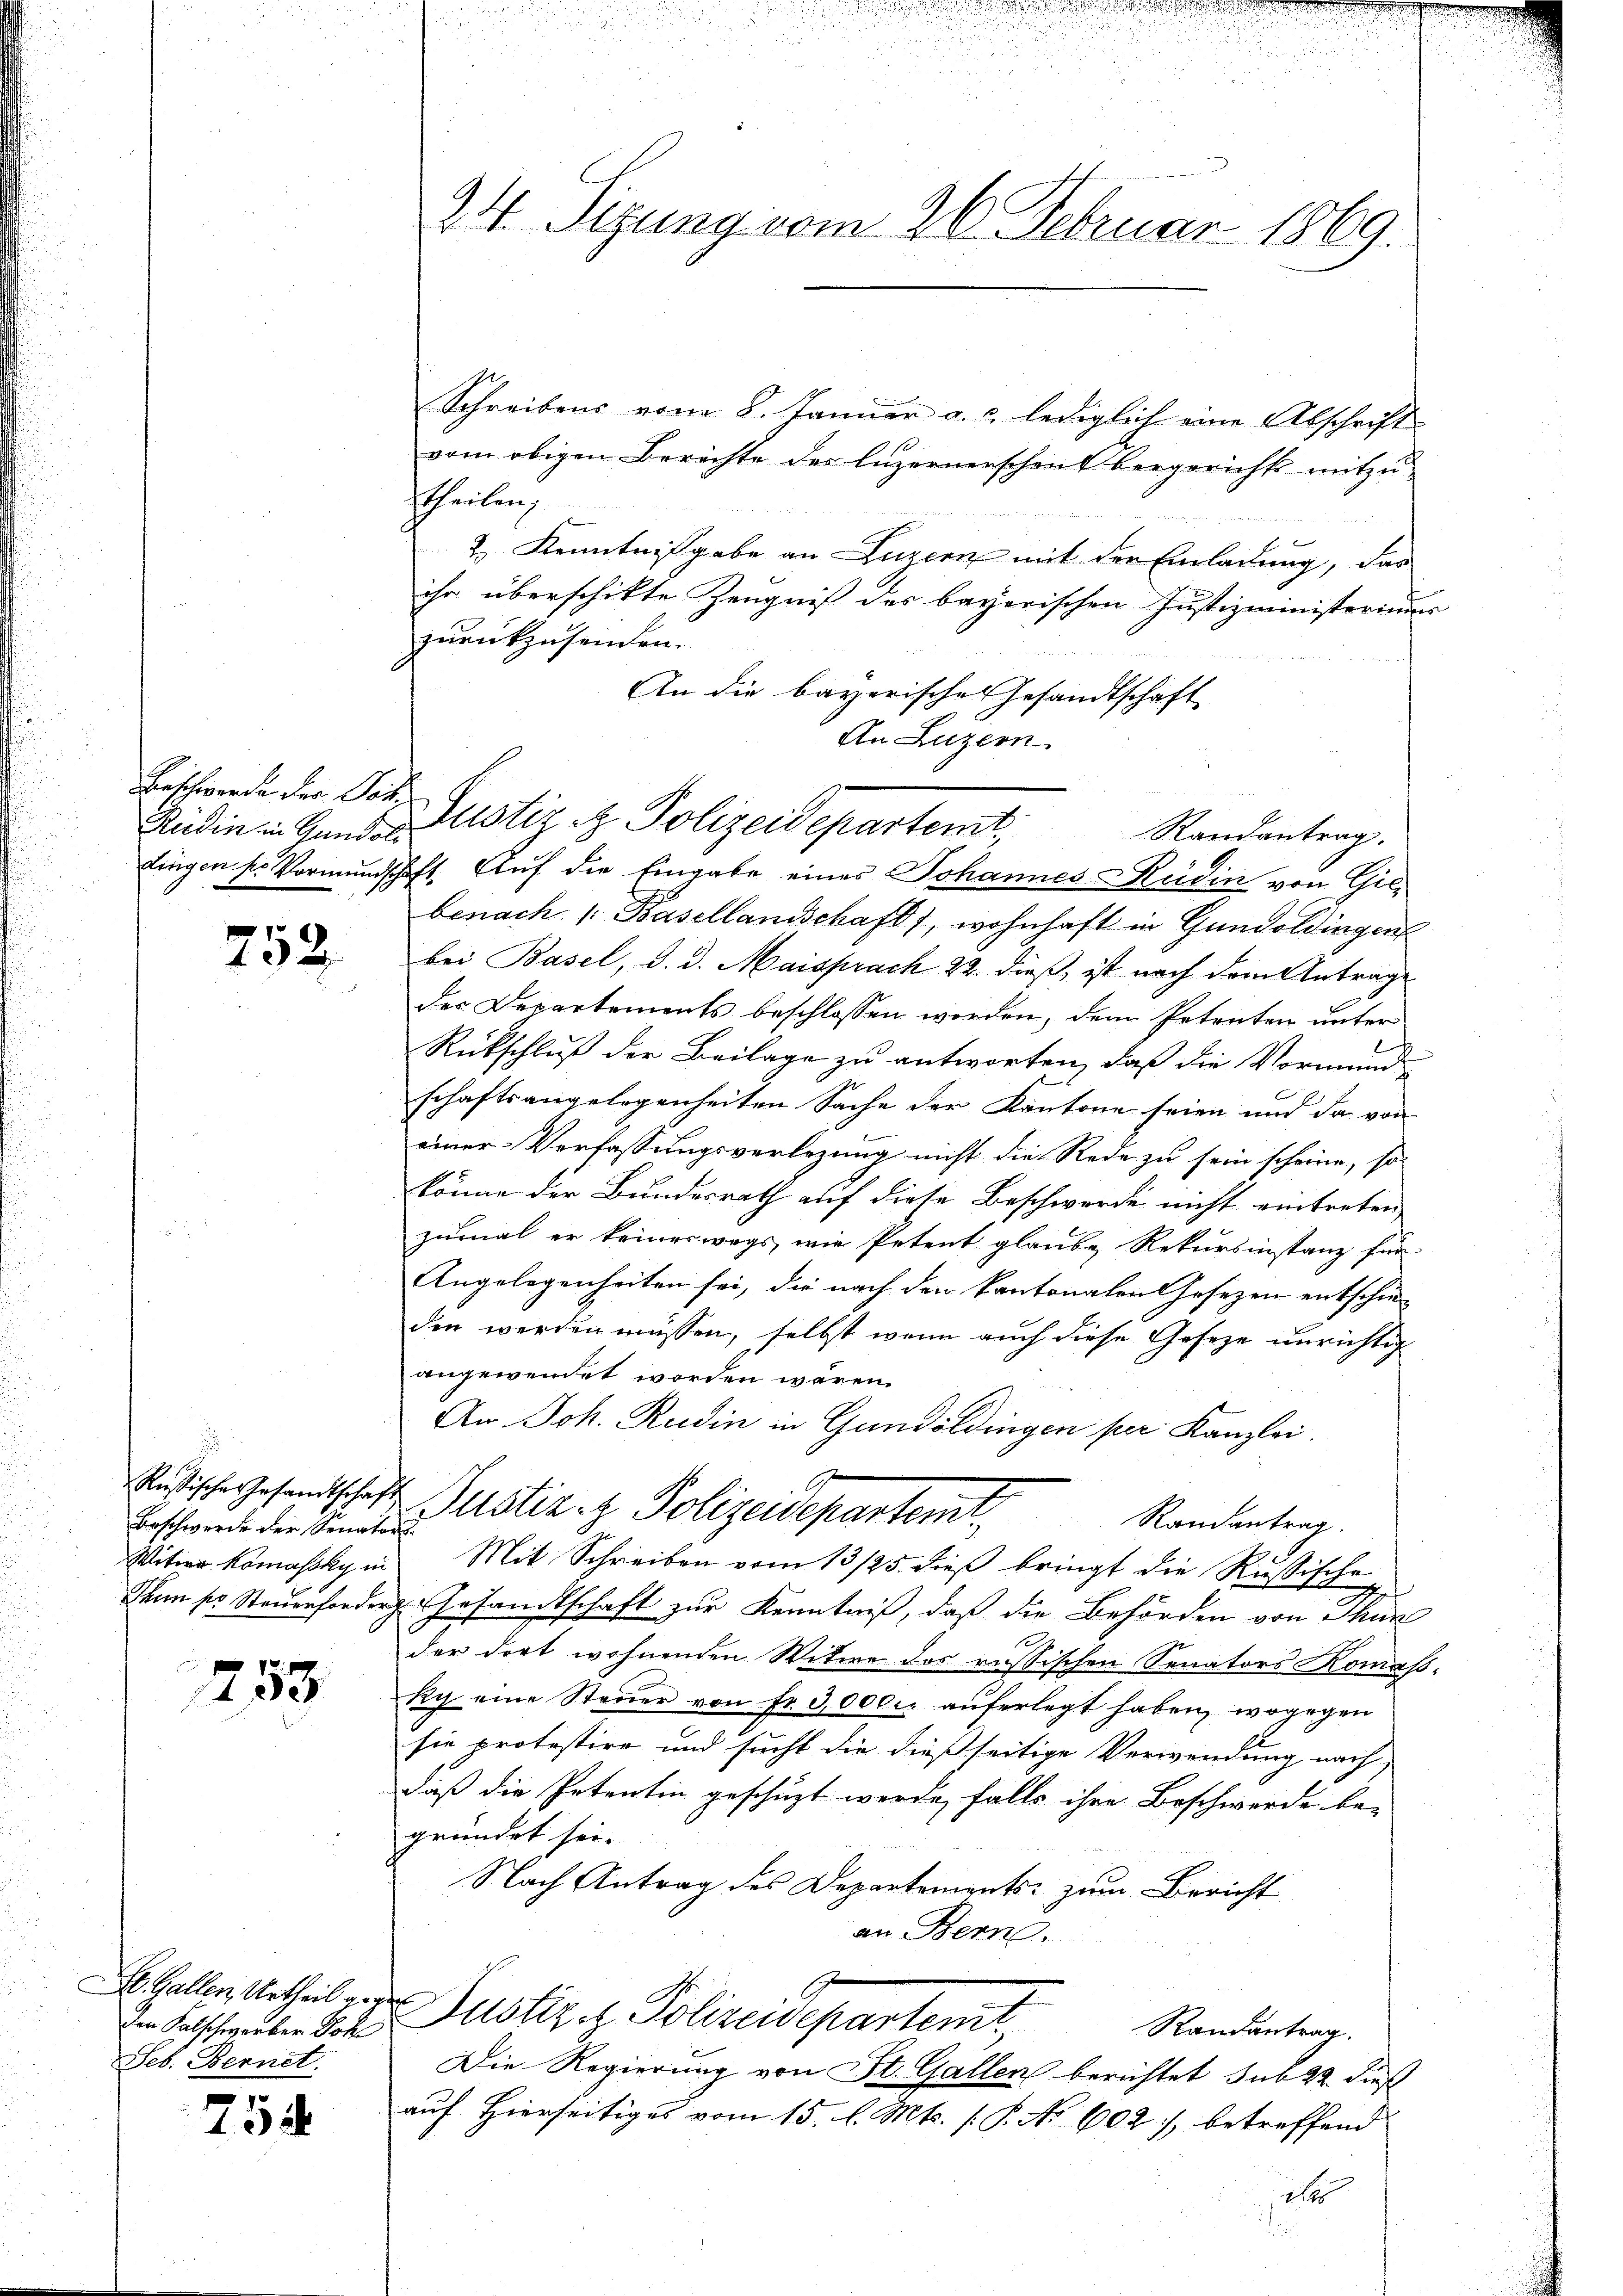
Erschwerde der Pot

252.

Beschwerde der Senators

253

den Kalschwerber Pol
Seb. Bernet.

758

24. Sizung vom 26. Februar 1869.

Schreibens vom 8. Januar a. c. lediglich eine Abschrift
vom obigen Berichte des Luzernerschen Vergreicht mitzu-
htheilen,
2) Kenntnißgabe an Luzern mit der Einladung, das
ihr überschikte Zeugniß des bayerischen Justizministeriums
zurückzusenden.
An die bayerisches Gesandtschaft
An Luzern
Rüdin in Gande Zustiz & Polizeidepartent,
lingen ser Vormundschaft. Auf die Eingabe eines Johannes Rüdin von Gilbenach 1. Basellandschaft, wohnhaft in Gundoldingen
bei Basel, d. d. Maisprach 22. dieß, ist nach dem Antrage
des Departements beschlossen worden, dem Petenten unter
Rückschluß der Beilage zu antworten, daß die Vormunde
schaftsangelegenheiten Sache der Kantone seien und da von
einer Verfassungsverlegung nicht die Rede zu sein scheine, so
könne der Bundesrath auf diese Beschwerde nicht eintreten
zumal er keineswegs, wie Petent glaube Rekursinstanz für
Angelegenheiten sei, die nach den kantonalen Gesezen entschie-
den werden müssen, selbst wenn auch diese Geseze unrichtig
angewendet worden wären.
An Joh. Rudin in Gundoldingen per Kanzlei.
usische Gesandtschaft Justiz- & Polizeidepartemt,
Randantrag.
Witwe Komansky in Mit Schreiben vom 13/25. dieβ bringt die Russische
Thun so. Steŭerforder Gesandtschaft zur Kenntniß, daß die Behörden von Thun
der dort wohnenden Witwe des russischen Senators Komaßky eine Steŭer von fr. 3000. aŭferlegt haben, wogegen
sie protestire und sucht die dießseitige Verwendung nach
daß die Petentin geschüzt werde, falls ihre Beschwerde be-
gründet sei.
Nach Antrag des Departements zum Bericht
an Bern.
e
. Gallen Urtheil der Justiz & Polizeidepartemt
Randantrag.
Die Regierung von St. Gallen berichtet sub 22. dieß
auf Hierseitiges vom 15. l. Mts. (: P. Nr. 602), betreffend
a

n

Randantrag.